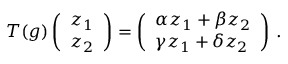
T ( g ) \left( \begin{array} { l } { { z _ { 1 } } } \\ { { z _ { 2 } } } \end{array} \right) = \left( \begin{array} { l l } { { \alpha z _ { 1 } + \beta z _ { 2 } } } \\ { { \gamma z _ { 1 } + \delta z _ { 2 } } } \end{array} \right) \, .